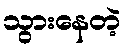
သွားနေတဲ့